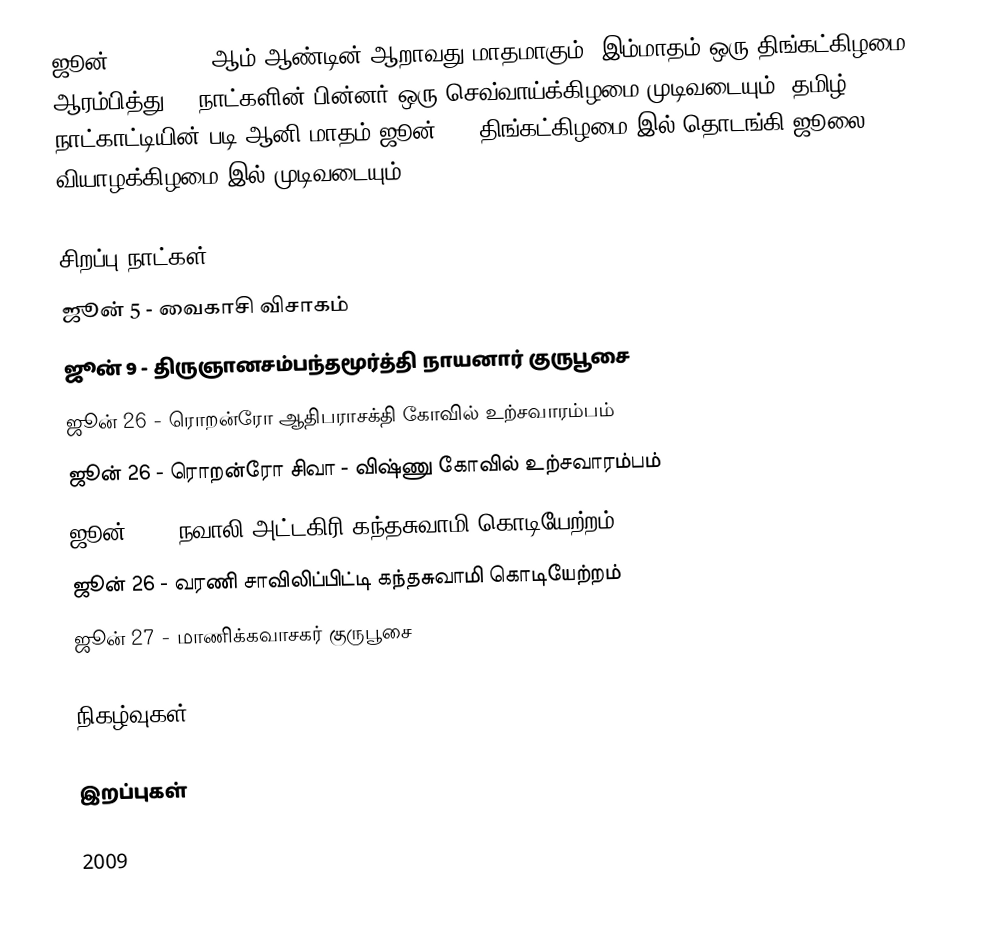
ஜூன் 2009, 2009 ஆம் ஆண்டின் ஆறாவது மாதமாகும். இம்மாதம் ஒரு திங்கட்கிழமை ஆரம்பித்து 30 நாட்களின் பின்னர் ஒரு செவ்வாய்க்கிழமை முடிவடையும். தமிழ் நாட்காட்டியின் படி ஆனி மாதம் ஜூன் 15, திங்கட்கிழமை இல் தொடங்கி ஜூலை 16 வியாழக்கிழமை இல் முடிவடையும்.

சிறப்பு நாட்கள்
 ஜூன் 5 - வைகாசி விசாகம்
 ஜூன் 9 - திருஞானசம்பந்தமூர்த்தி நாயனார் குருபூசை
 ஜூன் 26 - ரொறன்ரோ ஆதிபராசக்தி கோவில் உற்சவாரம்பம்
 ஜூன் 26 - ரொறன்ரோ சிவா - விஷ்ணு கோவில் உற்சவாரம்பம்
 ஜூன் 26 - நவாலி அட்டகிரி கந்தசுவாமி கொடியேற்றம்
 ஜூன் 26 - வரணி சாவிலிப்பிட்டி கந்தசுவாமி கொடியேற்றம்
 ஜூன் 27 - மாணிக்கவாசகர் குருபூசை

நிகழ்வுகள்

இறப்புகள்

2009